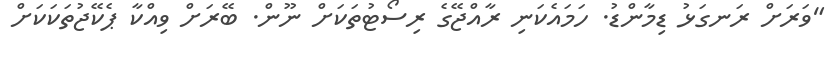
"ވަރަށް ރަނގަޅު ޑިމާންޑު. ހަމައެކަނި ރާއްޖޭގެ ރިސޯޓުތަކަށް ނޫން. ބޭރަށް ވިއްކާ ޕެކޭޖުތަކަކަށް